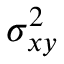
\sigma _ { x y } ^ { 2 }